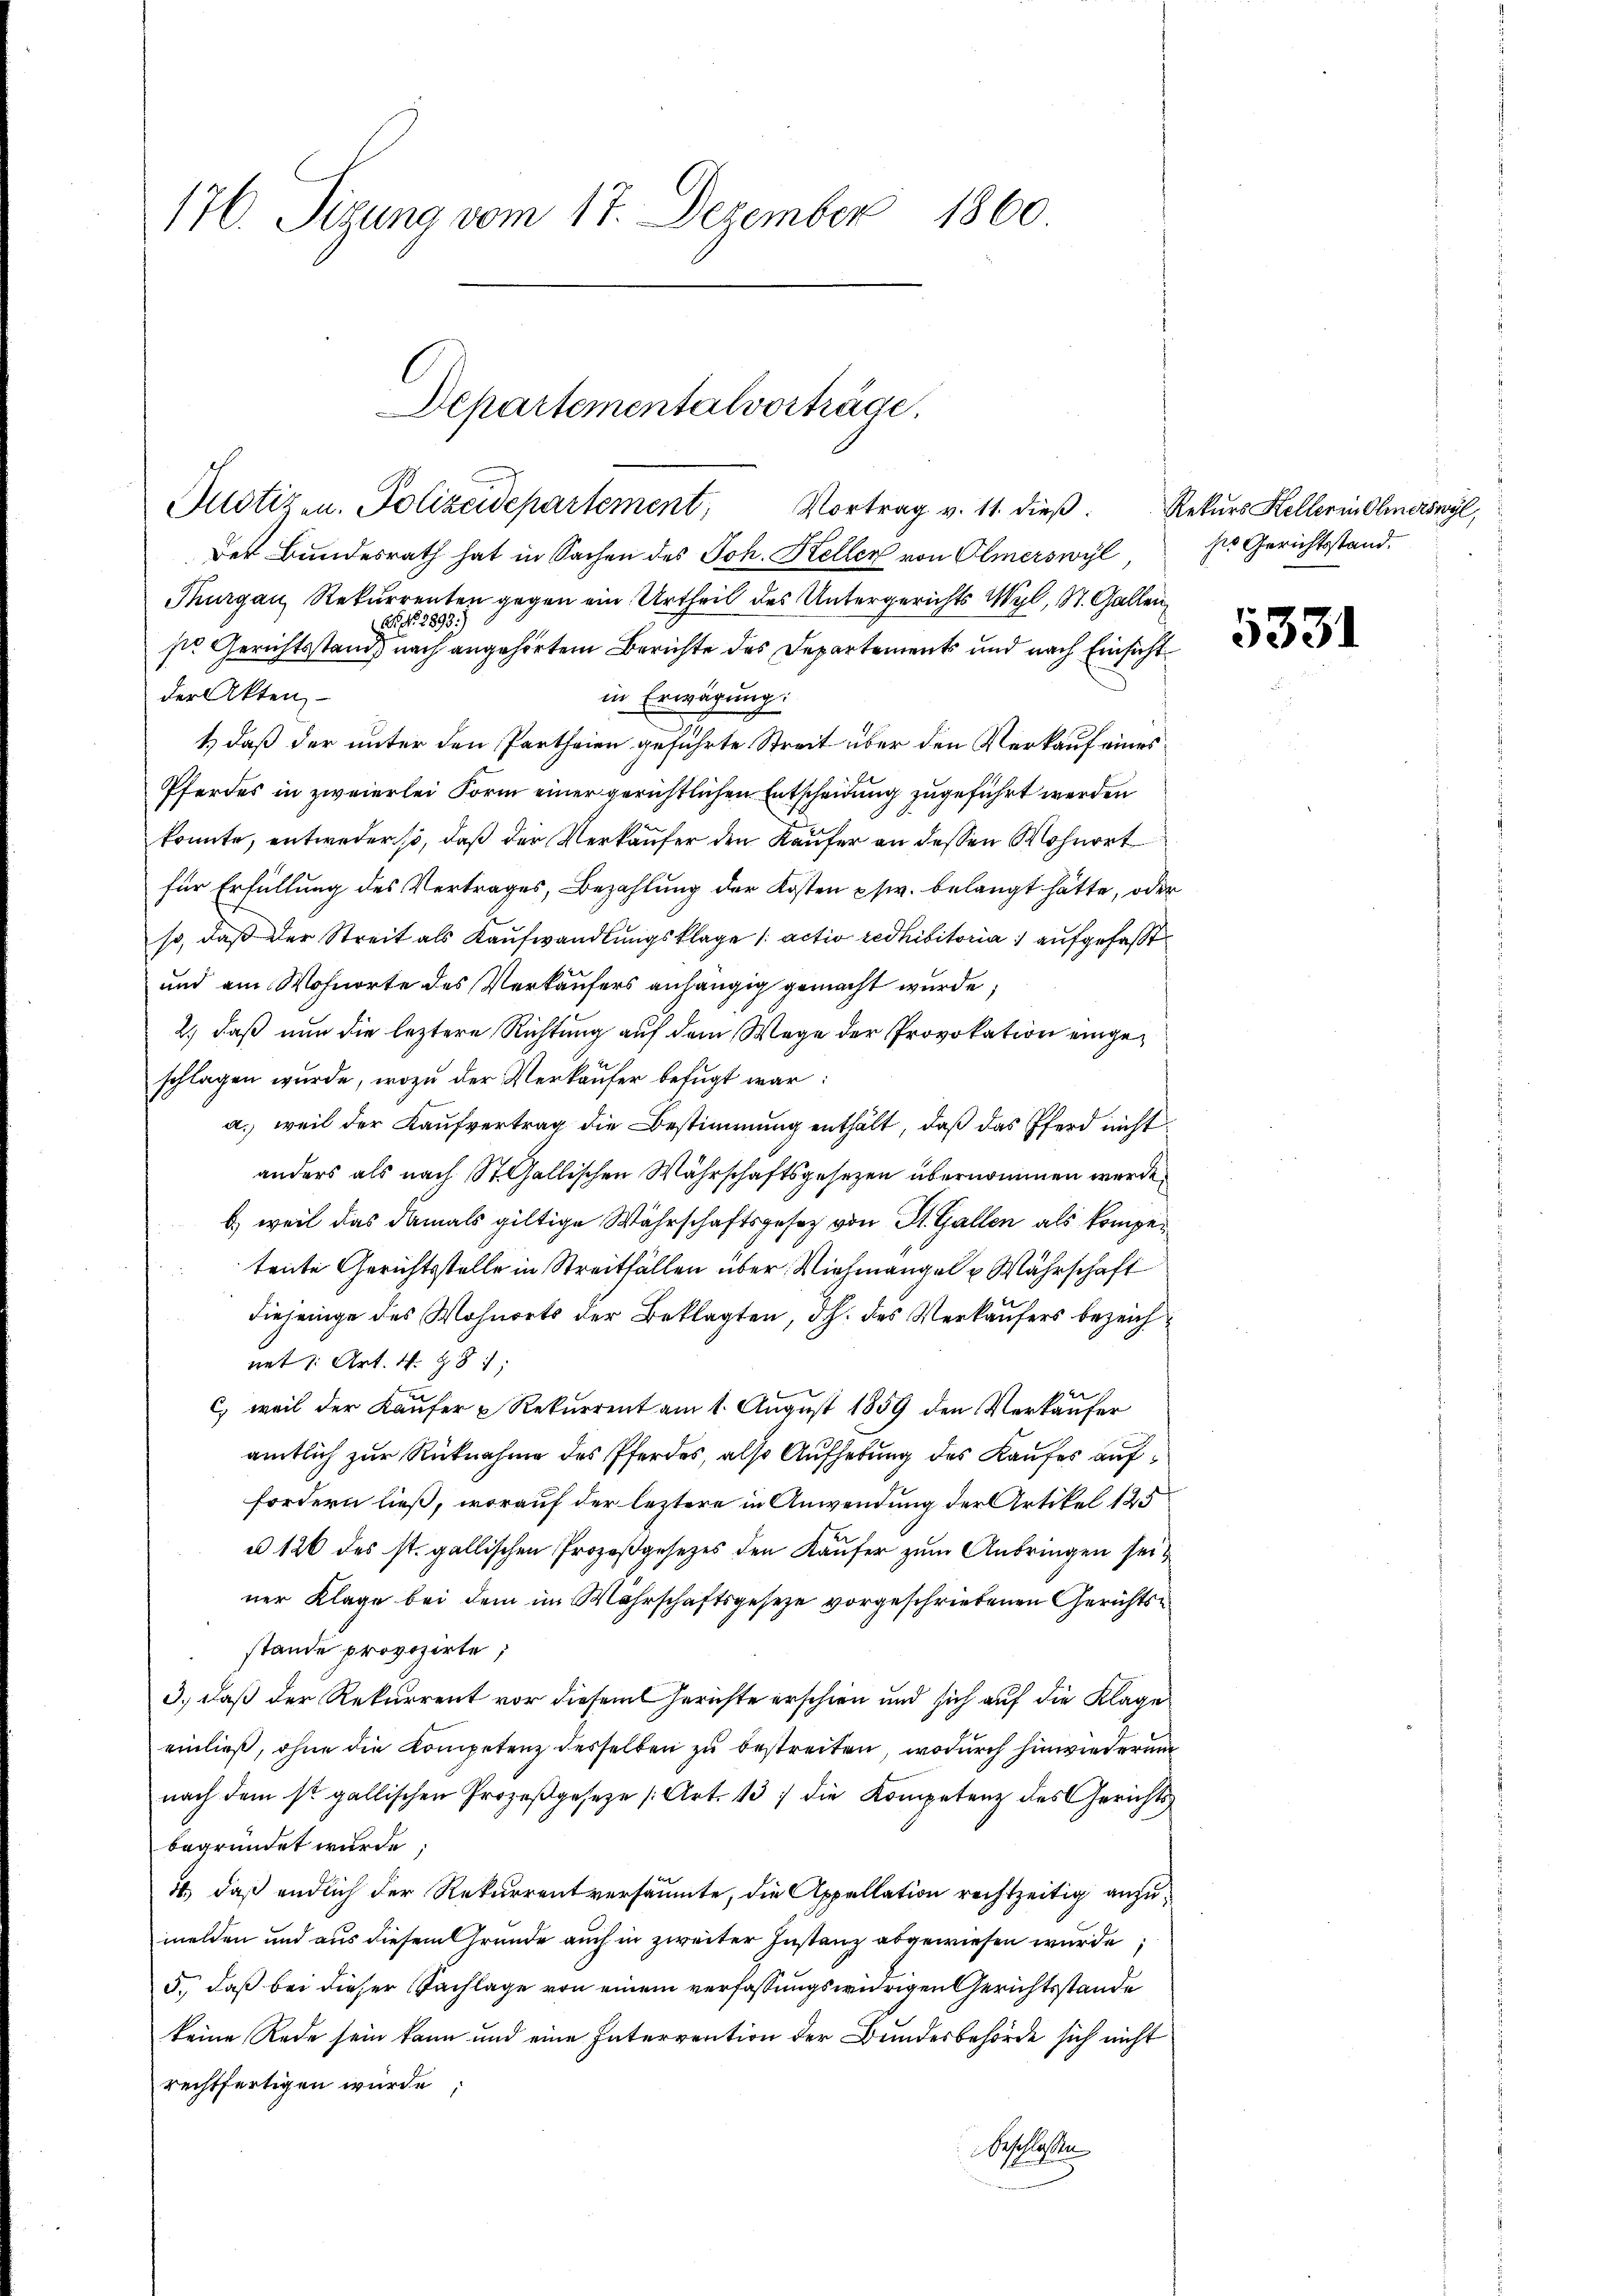
176. Sitzung vom 17. Dezember 1860

Der Bundesrath hat in Sachen des Joh. Keller von Olmerswyl ds Gerichtsstand.
Thurgau, Rekurrenten gegen ein Urtheil des Untergerichts Wyl, St. Gallen
Es N. 2893)
ste Gerichtsstand nach angehörtem Berichte des Departements und nach Einsicht
8
der Akten,
in Erwägung:
1.) daß der unter den Partheien geführte Streit über den Verkauf eines
Pferdes in zweierlei Form einer gerichtlichen Entscheidung zugeführt werden
konnte, entweder so, daß der Verkäufer den Käufer an dessen Wohnort
für Erfüllung des Vertrages, Bezahlung der Kosten pfw. belangt hätte, oder
so, daß der Streit als Kaufwandlungsklage /: actio redhibitoria, aufgefaßt
und am Wohnorte des Verkäufers anhängig gemacht wurde;
2.) daß nun die leztere Richtung auf dem Wege der Provokation eingeschlagen wurde, wozu der Verkäufer befugt war:
a. weil der Kaufvertrag die Bestimmung enthält, daß das Pferd nicht
anders als nach St. Gallischen Währschaftsgesezen übernommen werde,
b) weil das damals giltige Währschaftsgesetz von St. Gallen als kompetente Gerichtsstelle in Streitfällen über Vielmangel u Währschaft
diejenige des Wohnorts der Beklagten, d.h. des Verkäufers bezeichnet 1. Art. 4. 381;
c) weil der Käufer u Rekurrent am 1. August 1859 den Verkäufer
amtlich zur Rücknahme des Pferdes, also Aufhebung des Kaufes auffordern ließ, worauf der leztere in Anwendung der Artikel 125
u 126 des st. gallischen Prozeßgesetzes den Käufer zum Anbringen seiner Klage bei dem im Währschaftsgeseze vorgeschriebenen Gerichtsstande provizirte,
3.) daß der Rekurrent vor diesem Gerichte erschien und sich auf die Klage
einließ, ohne die Kompetenz desselben zu bestreiten, wodurch hinwiederun
nach dem st. gallischen Prozeßgeseze (Art. 137 die Kompetenz des Gerichts
begründet wurde
4, daß endlich der Rekurrentversäumte, die Appellation rechtzeitig anzumelden und aus diesem Grunde auch in zweiter Instanz abgewiesen wurde;
5., daß bei dieser Nachlage von einem verfassungswidrigen Gerichtsstande
keine Rede sein kann und eine Intervention der Bundesbehörde sich nicht
rechtfertigen wurde,
Geschlossen

Departementalvorträge.
Justizen. Polizeidepartement, Vortrag v. 11. dieβ. Rekŭrs Kellerin Olmerswyl,

331